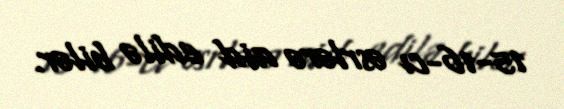
15-16-cı əsrlərə aid edilə bilər.